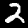
Label: 2